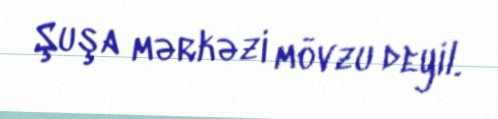
Şuşa mərkəzi mövzu deyil.